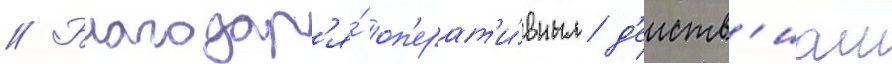
// Благодар'я́ оп'ерат'и́вным д'еиств'иам